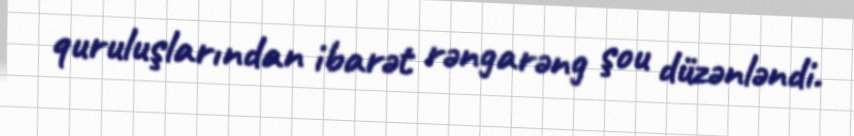
quruluşlarından ibarət rəngarəng şou düzənləndi.